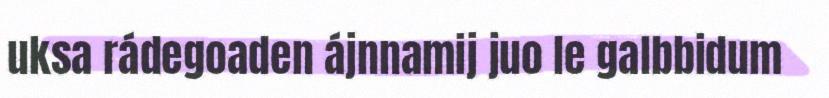
uksa rádegoaden ájnnamij juo le galbbidum